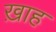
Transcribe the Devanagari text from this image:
ख़ाह